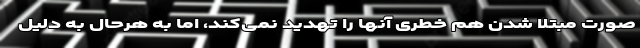
صورت مبتلا شدن هم خطری آنها را تهدید نمی‌کند، اما به هرحال به دلیل